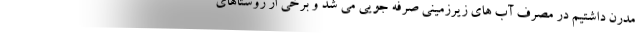
مدرن داشتیم در مصرف آب های زیرزمینی صرفه جویی می شد و برخی از روستاهای